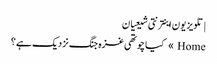
| تلویزیون اینترنتی شیعیان
Home » کیا چوتھی غزہ جنگ نزدیک ہے ؟